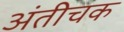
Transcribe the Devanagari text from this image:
अंतीचक